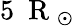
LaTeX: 5~\mathrm{~R~}_{\odot}